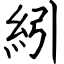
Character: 紖